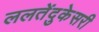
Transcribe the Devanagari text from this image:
ललतेंदुकेसरी